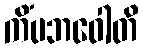
ကိံပဘဝေါတိ